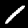
Label: 1